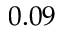
0 . 0 9